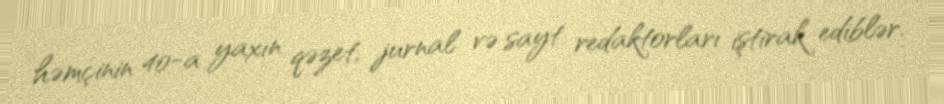
həmçinin 40-a yaxın qəzet, jurnal və sayt redaktorları iştirak ediblər.